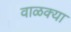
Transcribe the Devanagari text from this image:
वाळक्या